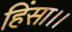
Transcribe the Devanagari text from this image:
हिंसा।।